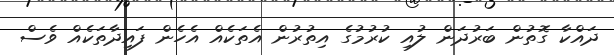
ދައްކާ ގޮތުން ބަރުދަން ލުއި ކުރުމުގެ އިތުރުން އެތަކެއް އެހެން ފައިދާތަކެއް ވެސް